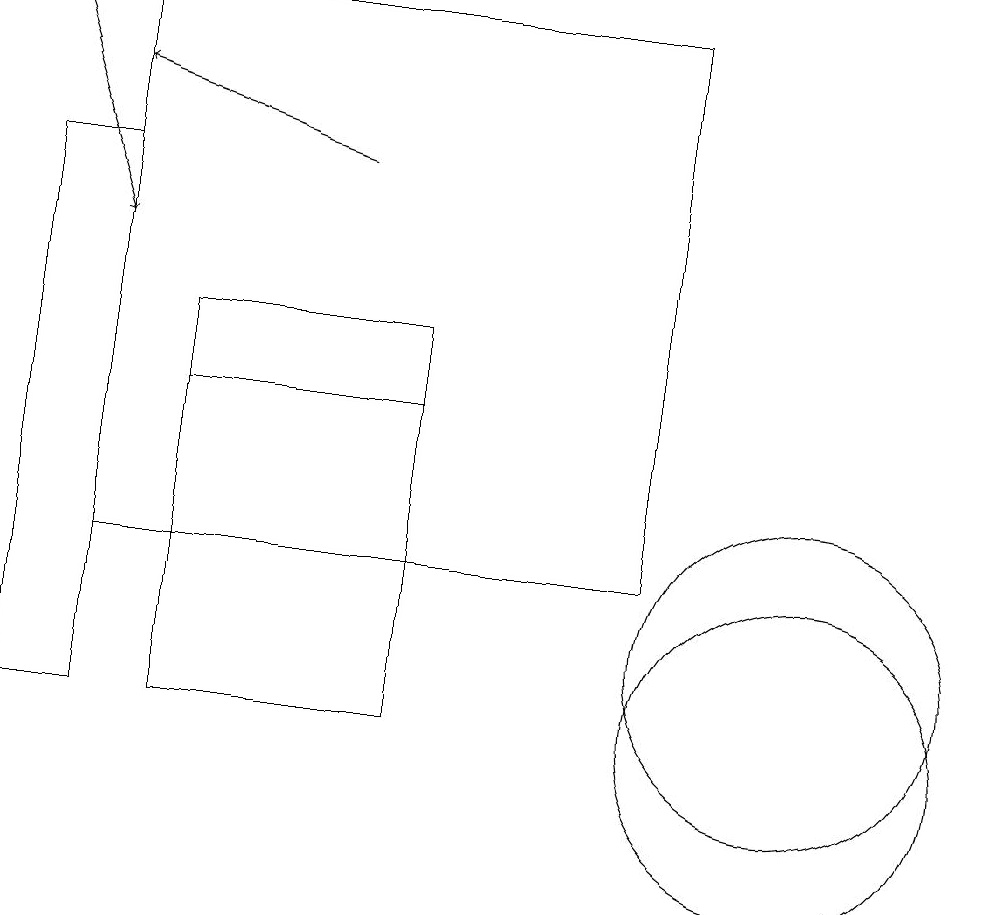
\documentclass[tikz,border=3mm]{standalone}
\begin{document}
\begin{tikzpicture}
\draw (0,17) rectangle (1,10);
\draw (5,10) rectangle (2,14);
\draw[->] (0,19) -- (1,16);
\draw (5,15) rectangle (2,14);
\draw (10,10) circle (2);
\draw[->] (4,17) -- (1,18);
\draw (1,19) rectangle (8,12);
\draw (10,11) circle (2);
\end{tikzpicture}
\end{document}